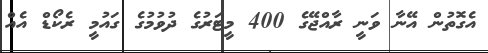
އެގޮތުން އޭނާ ވަނީ ރާއްޖޭގެ 400 މީޓަރުގެ ދުވުމުގެ ގައުމީ ރެކޯޑް އެއް